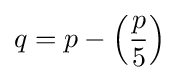
q=p-\left({\frac {p}{5}}\right)